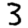
Digit: 3